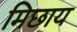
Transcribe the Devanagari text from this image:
मिछाय